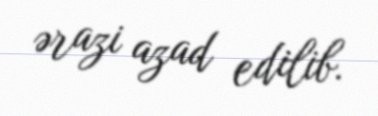
ərazi azad edilib.